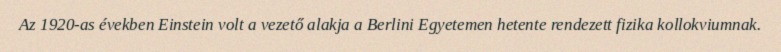
Az 1920-as években Einstein volt a vezető alakja a Berlini Egyetemen hetente rendezett fizika kollokviumnak.